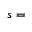
s =